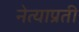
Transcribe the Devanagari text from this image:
नेत्याप्रती